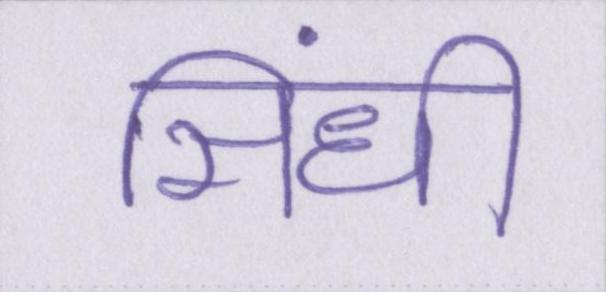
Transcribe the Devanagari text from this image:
सिंधी